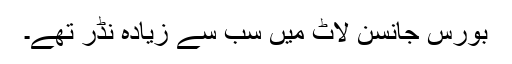
بورس جانسن لاٹ میں سب سے زیادہ نڈر تھے۔